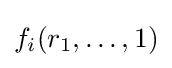
f_{i}(r_{1},\dots ,1)